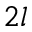
2 l